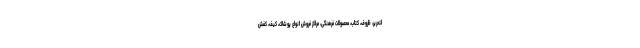
لتحریر، ظروف، کتاب، محصولات فرهنگی، مراکز فروش انواع پوشاک، کیف، کفش